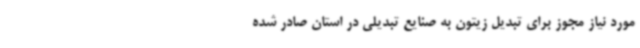
مورد نیاز مجوز برای تبدیل زیتون به صنایع تبدیلی در استان صادر شده